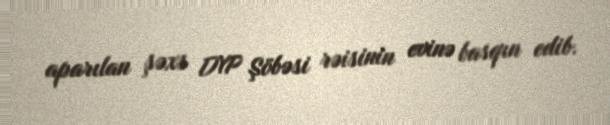
aparılan şəxs DYP Şöbəsi rəisinin evinə basqın edib.